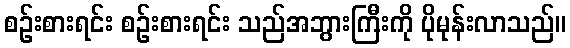
စဉ်းစားရင်း စဉ်းစားရင်း သည်အဘွားကြီးကို ပိုမုန်းလာသည်။